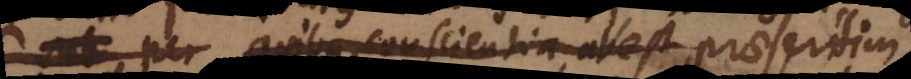
per quibus conscientia abest, praesertim